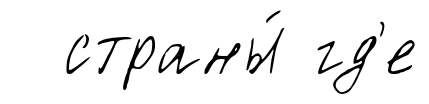
страны́ гд'е